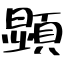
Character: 顕